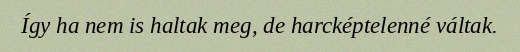
Így ha nem is haltak meg, de harcképtelenné váltak.